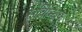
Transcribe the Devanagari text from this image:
सविन्धिक